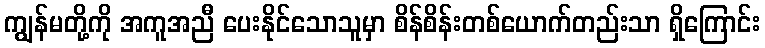
ကျွန်မတို့ကို အကူအညီ ပေးနိုင်သောသူမှာ စိန်စိန်းတစ်ယောက်တည်းသာ ရှိကြောင်း